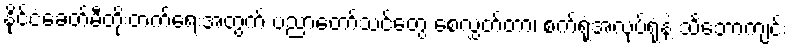
နိုင်ငံခေတ်မီတိုးတက်ရေးအတွက် ပညာတော်သင်တွေ စေလွှတ်တာ၊ စက်ရုံအလုပ်ရုံနဲ့ သင်္ဘောကျင်း